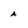
Character: a